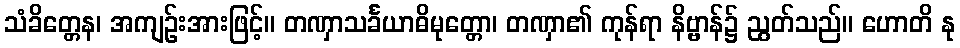
သံခိတ္တေန၊ အကျဉ်းအားဖြင့်။ တဏှာသင်္ခယာဓိမုတ္တော၊ တဏှာ၏ ကုန်ရာ နိဗ္ဗာန်၌ ညွတ်သည်။ ဟောတိ နု